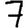
Digit: 7